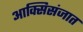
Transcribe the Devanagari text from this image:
आक्सिसंजात